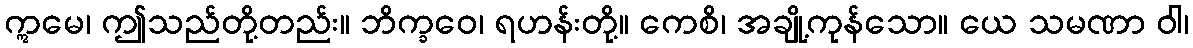
ဣမေ၊ ဤသည်တို့တည်း။ ဘိက္ခဝေ၊ ရဟန်းတို့။ ကေစိ၊ အချို့ကုန်သော။ ယေ သမဏာ ဝါ၊